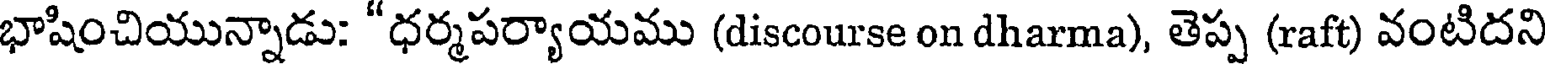
భాషించియున్నాడు: "ధర్మపర్యాయము (discourse on dharma), తెప్ప (raft) వంటిదని